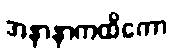
အနာနာကထိကော